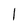
Character: l